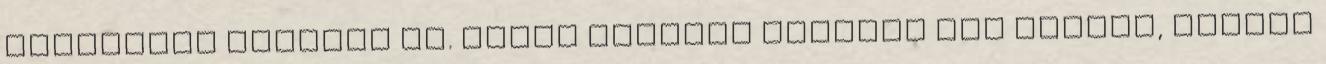
unatkozva bámulja őt. Ahogy azonban elvégez egy bűbájt, amitől